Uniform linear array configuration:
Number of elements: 16
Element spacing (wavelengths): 1
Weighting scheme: uniform
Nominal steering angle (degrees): -60
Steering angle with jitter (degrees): -60.034
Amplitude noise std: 0.05
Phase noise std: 0.05

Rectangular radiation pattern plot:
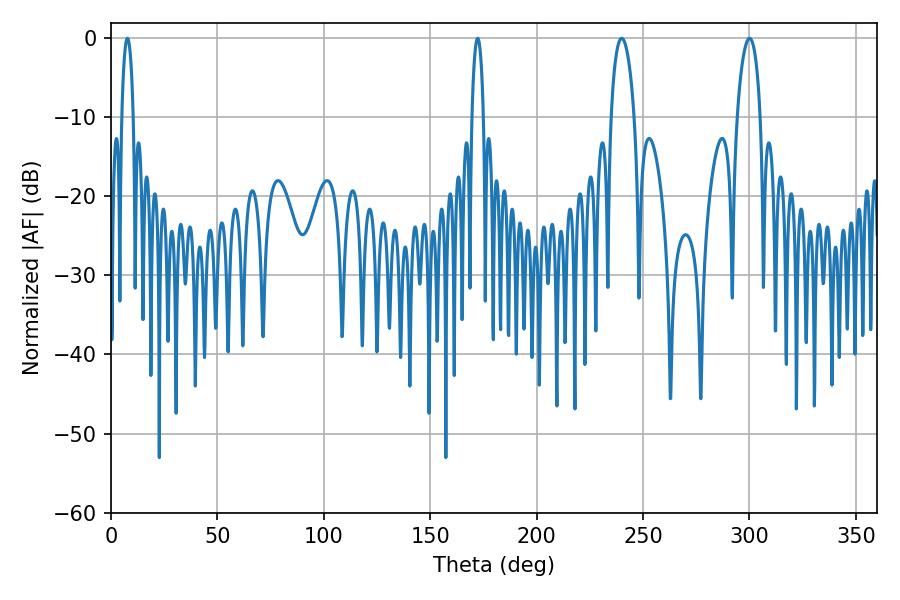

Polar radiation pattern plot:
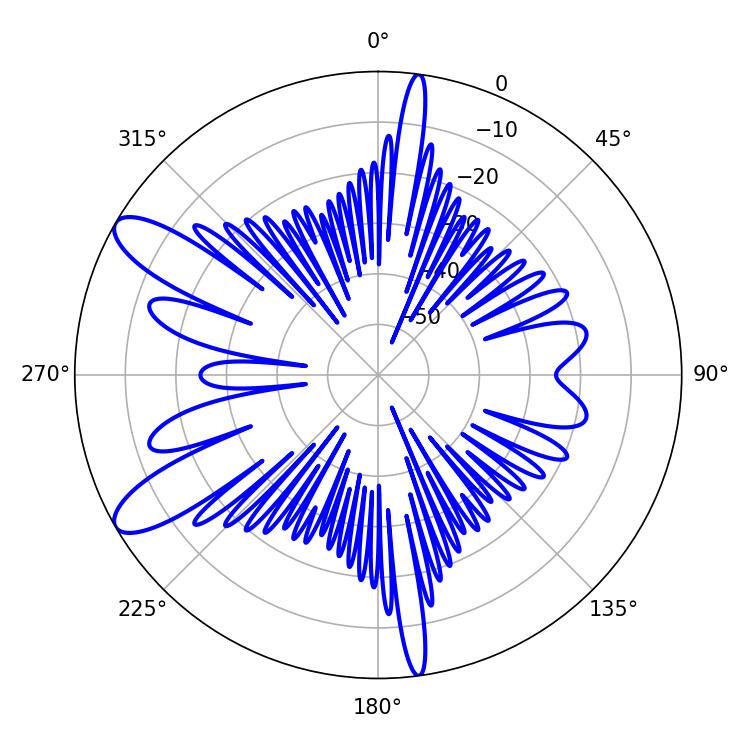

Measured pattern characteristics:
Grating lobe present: TRUE
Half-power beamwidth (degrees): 6.12
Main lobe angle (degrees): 239.94